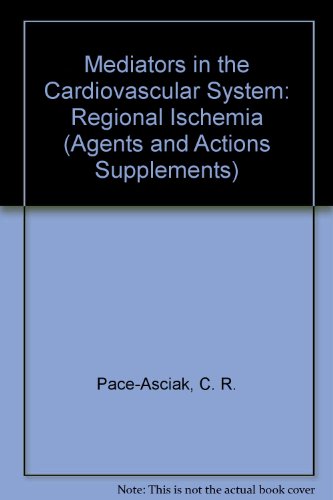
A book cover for Mediators in the Cardiovascular System: Regional Ischemia (Agents and Actions Supplements); C. R. Pace-Asciak; Medical Books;